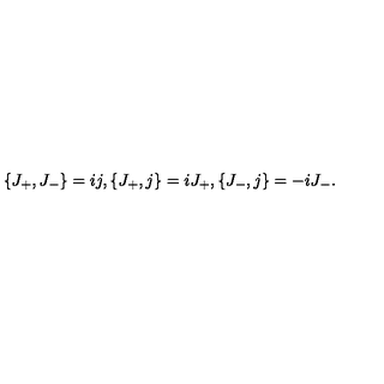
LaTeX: \{ J _ { + } , J _ { - } \} = i j , \{ J _ { + } , j \} = i J _ { + } , \{ J _ { - } , j \} = - i J _ { - } .